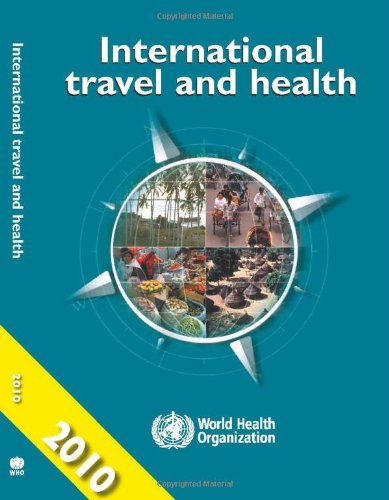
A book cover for International Travel and Health 2010: Situation as on 1 January 2010; World Health Organization; Medical Books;